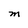
Character: M